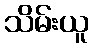
သိမ်းယူ